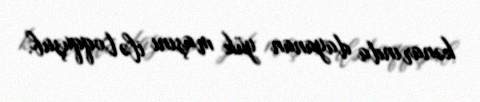
kənarında dayanan yük maşını ilə toqquşub.